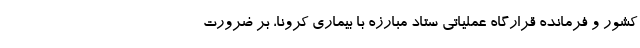
کشور و فرمانده قرارگاه عملیاتی ستاد مبارزه با بیماری کرونا، بر ضرورت